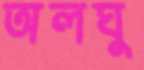
অলঘু